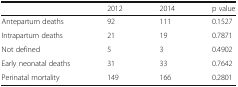
<table><thead><tr><td></td><td><b>2012</b></td><td><b>2014</b></td><td><b>p value</b></td></tr></thead><tbody><tr><td>Antepartum deaths</td><td>92</td><td>111</td><td>0.1527</td></tr><tr><td>Intrapartum deaths</td><td>21</td><td>19</td><td>0.7871</td></tr><tr><td>Not defined</td><td>5</td><td>3</td><td>0.4902</td></tr><tr><td>Early neonatal deaths</td><td>31</td><td>33</td><td>0.7642</td></tr><tr><td>Perinatal mortality</td><td>149</td><td>166</td><td>0.2801</td></tr></tbody></table>